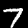
Label: 7